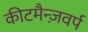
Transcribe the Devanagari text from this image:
कीटमैन्ज़वर्प